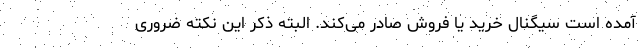
آمده است سیگنال خرید یا فروش صادر می‌کند. البته ذکر این نکته ضروری